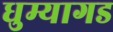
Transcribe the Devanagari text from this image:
धुम्यागड